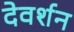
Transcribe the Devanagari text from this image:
देवर्शन